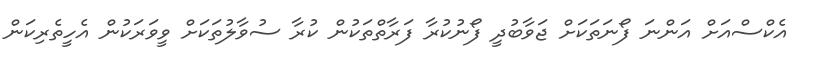
އެކްސްއަށް އަންނަ ފޯނަތަކަށް ޖަވާބުދީ ފޯނުކުރާ ފަރާތްތަކުން ކުރާ ސުވާލުތަކަށް ވީވަރަކުން އެހީތެރިކަން